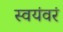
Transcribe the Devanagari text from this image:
स्वयंवरं